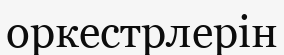
оркестрлерін